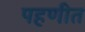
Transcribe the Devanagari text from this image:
पहणीत